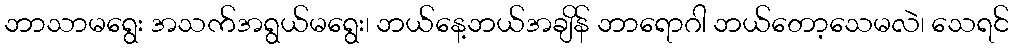
ဘာသာမရွေး အသက်အရွယ်မရွေး၊ ဘယ်နေ့ဘယ်အချိန် ဘာရောဂါ ဘယ်တော့သေမလဲ၊ သေရင်